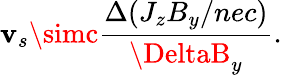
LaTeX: \mathbf{v}_{s}\simc\frac{{\Delta(J_{z}B_{y}/nec)}}{{\DeltaB_{y}}}.